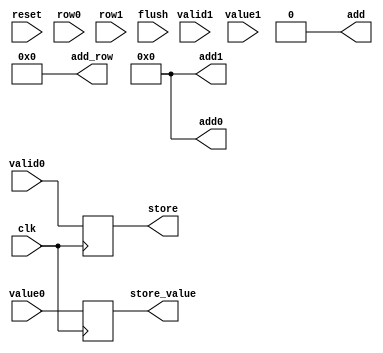
`timescale 1 ns / 1 ps
module place_holder_intermediator(
    input reset,
    input clk,
    input valid0,
    input [63:0] value0,
    input [9:0] row0,
    input valid1,
    input [63:0] value1,
    input [9:0] row1,
    output store,
    output [63:0] store_value,
    output add,
    output [63:0] add0,
    output [63:0] add1,
    output [9:0] add_row,
    input flush
    );

    reg r_store;
    reg [63:0] r_store_value;

    always @(posedge clk) begin
        r_store <= valid0;
        r_store_value <= value0;
    end
    assign store = r_store;
    assign store_value = r_store_value;
    assign add0 = 0;
    assign add = 0;
    assign add1 = 0;
    assign add_row = 0;
    
    //stage0 input
    //stage1 control
    //stage2 ram
    //stage3 output
endmodule